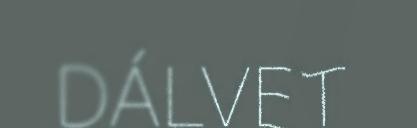
DÁLVET